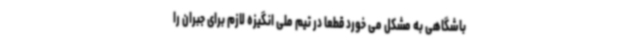
باشگاهی به مشکل می خورد قطعا در تیم ملی انگیزه لازم برای جبران را